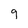
Character: 9